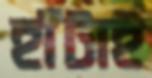
হাঁটাই